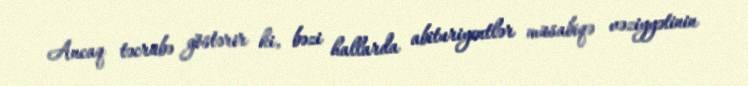
Ancaq təcrübə göstərir ki, bəzi hallarda abituriyentlər müsabiqə vəziyyətinin